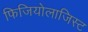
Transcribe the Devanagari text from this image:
फिजियोलाजिस्ट